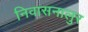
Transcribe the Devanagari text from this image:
निवासनालुर